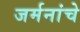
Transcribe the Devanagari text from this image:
जर्मनांचे